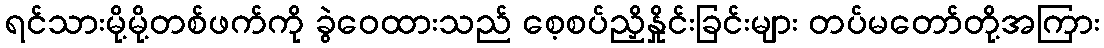
ရင်သားမို့မို့တစ်ဖက်ကို ခွဲဝေထားသည် စေ့စပ်ညှိနှိုင်းခြင်းများ တပ်မတော်တို့အကြား